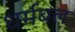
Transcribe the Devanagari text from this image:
धर्मबल